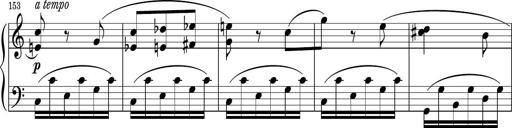
Title: Sonatina PandemÃ³nium
Composer: VÃ­ctor Carbajo
Key: C major